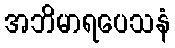
အဘိမာရပေသနံ